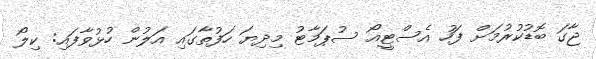
ޖާގަ ބޮޑުކުރުމަށް ފަހު އެސްޓީއޯ ސުޕަމާޓު މިދިޔަ ހަފުތާގައި އަލުން ހުޅުވާފައި: ކިލޯ